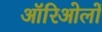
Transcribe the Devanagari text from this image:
ऑरिओलों